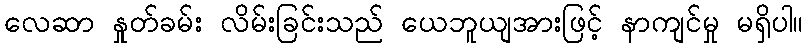
လေဆာ နှုတ်ခမ်း လိမ်းခြင်းသည် ယေဘူယျအားဖြင့် နာကျင်မှု မရှိပါ။